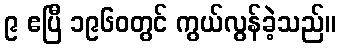
၉ ဧပြီ ၁၉၆၀တွင် ကွယ်လွန်ခဲ့သည်။